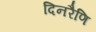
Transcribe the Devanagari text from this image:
दिनरैणि